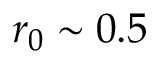
r _ { 0 } \sim 0 . 5